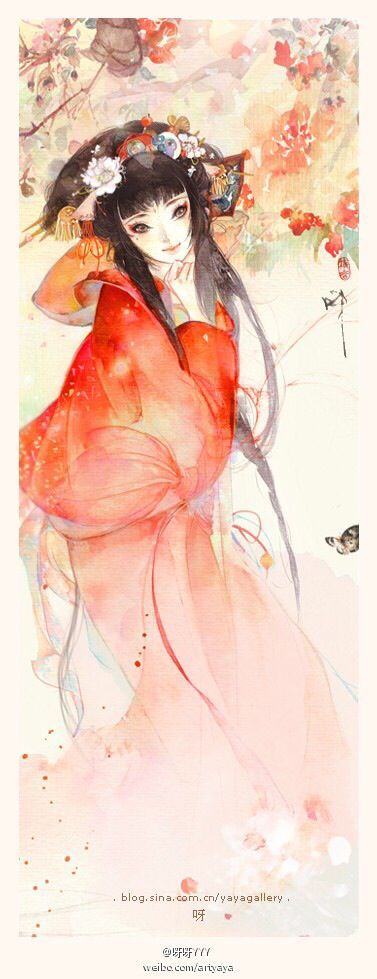
蒲生我池中，其叶何离离。